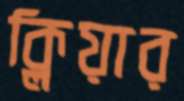
ক্লিয়ার